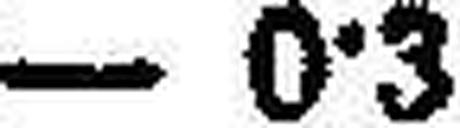
– 0·3